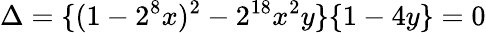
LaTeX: \Delta=\{ (1-2^{8}x)^{2}-2^{18}x^{2}y\} \{ 1-4y\} =0